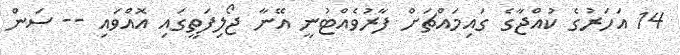
14 އަހަރުގެ ކުއްޖާގެ ގައިމައްޗަށް ފާރުވެއްޓުނީ އޭނާ ޖޯލިފަތީގައި އޮއްވައި -- ސަން